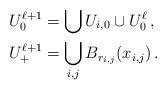
LaTeX: \begin{align*}&U^{\ell+1}_0 = \bigcup U_{i,0}\cup U^{\ell}_0\, ,\\&U^{\ell+1}_+ = \bigcup_{i,j} B_{r_{i,j}}(x_{i,j})\, .\end{align*}